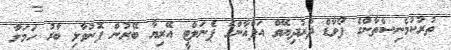
ތުރުކުމެނިސްތާންގެ ފޯވާޑް ދުރުދިޔޭވް އަފްޣާންގެ ޕެނަލްޓީ އޭރިޔާ ބޭރުން ފޮނުވާލި ބާރު ހަމަލާ